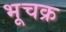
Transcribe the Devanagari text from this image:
भूचक्र